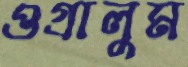
ওগ্‌রালুম